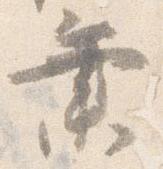
業